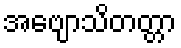
အဗျောသိတတ္တာ